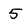
Character: 5